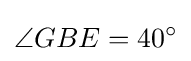
\angle {GBE}=40^{\circ }